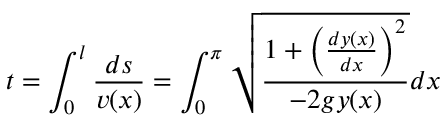
t = \int _ { 0 } ^ { l } \frac { d s } { v ( x ) } = \int _ { 0 } ^ { \pi } \sqrt { \frac { 1 + \left( \frac { d y ( x ) } { d x } \right) ^ { 2 } } { - 2 g y ( x ) } } d x